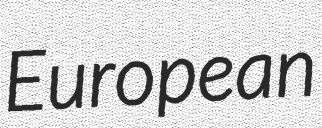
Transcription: European